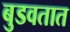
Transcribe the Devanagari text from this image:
बुडवतात